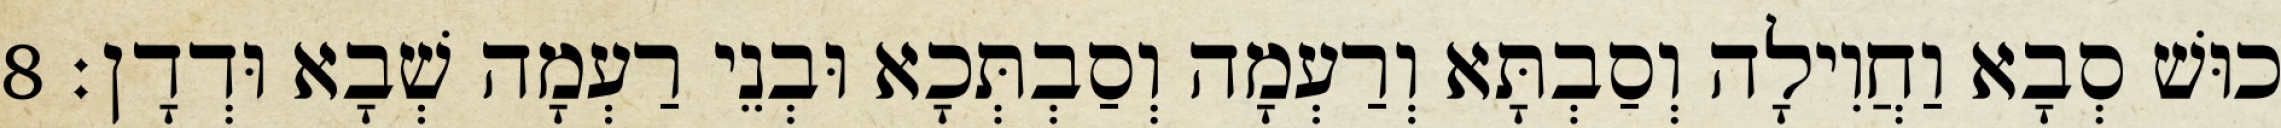
כוּשׁ סְבָא וַחֲוִילָה וְסַבְתָּא וְרַעְמָה וְסַבְתְּכָא וּבְנֵי רַעְמָה שְׁבָא וּדְדָן׃ 8